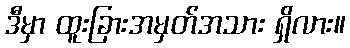
ဒီမှာ ထူးခြားအမှတ်အသား ရှိလား။